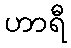
ဟာရီ